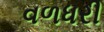
વળધરી